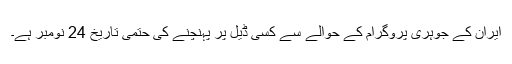
ایران کے جوہری پروگرام کے حوالے سے کسی ڈیل پر پہنچنے کی حتمی تاریخ 24 نومبر ہے۔